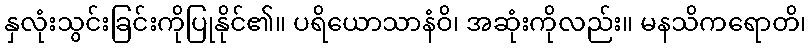
နှလုံးသွင်းခြင်းကိုပြုနိုင်၏။ ပရိယောသာနံဝိ၊ အဆုံးကိုလည်း။ မနသိကရောတိ၊